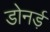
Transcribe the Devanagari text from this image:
डोनर्ड़